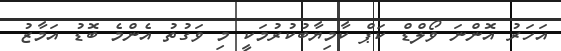
އަހަރު އޮންނަ ވޯލްޑް ކަޕް ކާމިޔާބުކުރުމަކީ މި ވަގުތު އެންމެ ބޮޑު އަމާޒު